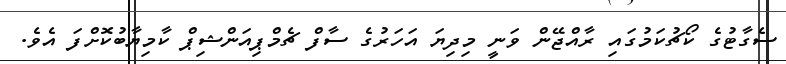
ސެގާޓުގެ ކޯޗުކަމުގައި ރާއްޖޭން ވަނީ މިދިޔަ އަހަރުގެ ސާފް ޗެމްޕިއަންޝިޕް ކާމިޔާބުކޮށްފަ އެވެ.